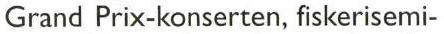
Grand Prix-konserten, fiskerisemi-